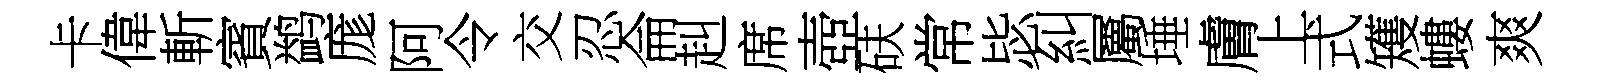
卡偉斬賓鹢庬阿令交忍侖赳席壺砆常毖糾屬埵膚上式矱螻爽